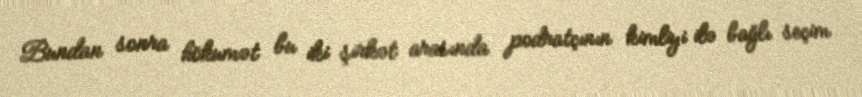
Bundan sonra hökumət bu iki şirkət arasında podratçının kimliyi ilə bağlı seçim